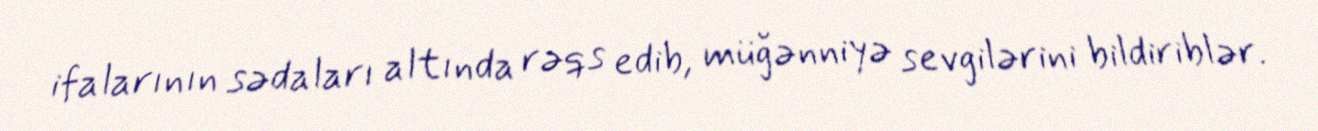
ifalarının sədaları altında rəqs edib, müğənniyə sevgilərini bildiriblər.